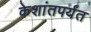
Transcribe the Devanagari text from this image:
केशांतपर्यंत